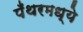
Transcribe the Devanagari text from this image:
पँथरमध्ये